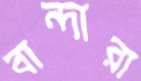
বান্দারা